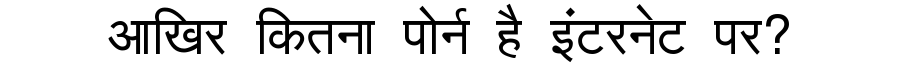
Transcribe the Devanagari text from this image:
आखिर कितना पोर्न है इंटरनेट पर?